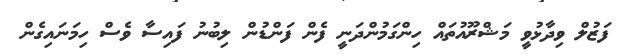
ފަޒުލް ވިދާޅުވީ މަޝްރޫއުތައް ހިންގަމުންދަނީ ފެން ފަންޑުން ލިބުނު ފައިސާ ވެސް ހިމަނައިގެން